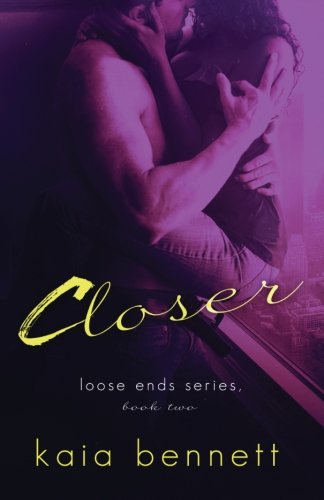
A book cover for Closer (Loose Ends) (Volume 2); Kaia Bennett; Romance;